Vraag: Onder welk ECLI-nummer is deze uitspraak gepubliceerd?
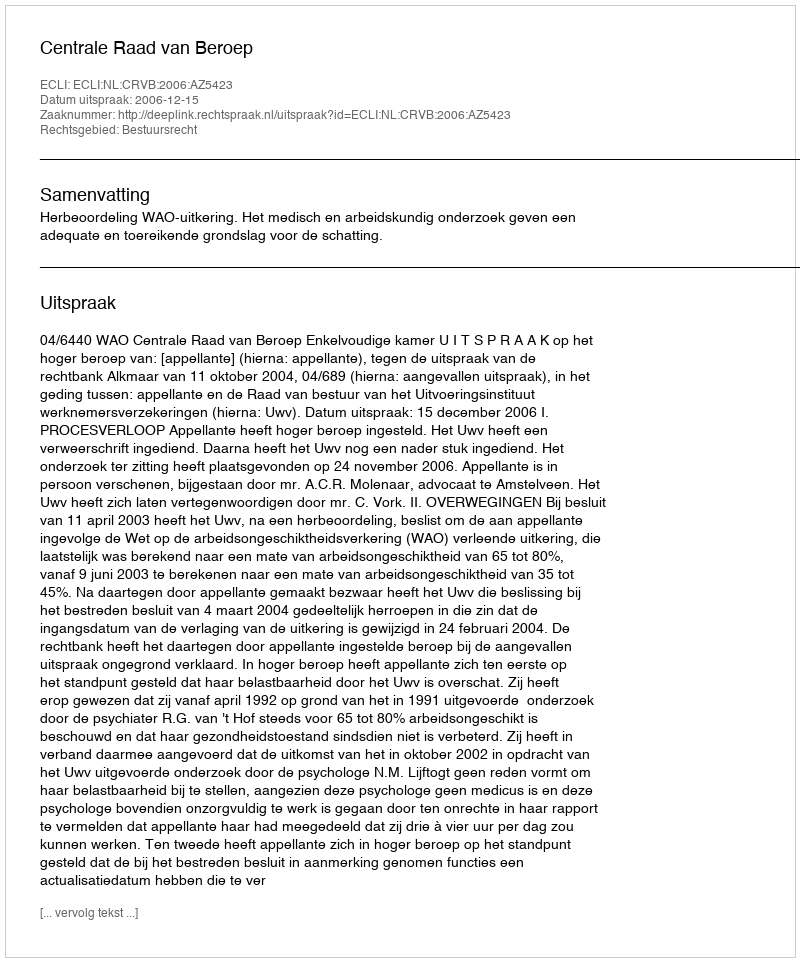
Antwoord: ECLI:NL:CRVB:2006:AZ5423